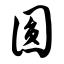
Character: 圆